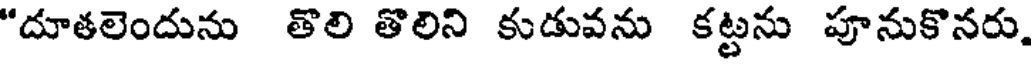
"దూతలెందును తొలి తొలిని కుడువను కట్టను పూనుకొనరు,